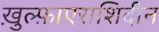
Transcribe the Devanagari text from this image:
ख़ुल्फ़ाएराशिदीन